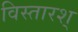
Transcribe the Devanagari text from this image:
विस्तारश्